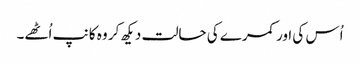
اُس کی اور کمرے کی حالت دیکھ کر وہ کانپ اُٹھے۔